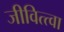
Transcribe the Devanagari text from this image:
जीवित्त्वा